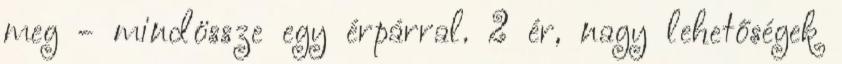
meg - mindössze egy érpárral. 2 ér, nagy lehetőségek